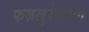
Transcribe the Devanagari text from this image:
फज़लुर्रहमान